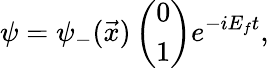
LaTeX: \psi={\psi}_{-}(\vec{x})\left(\begin{array}{c}{{0}}\\ {{1}}\end{array}\right)e^{-iE_{f}t},